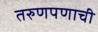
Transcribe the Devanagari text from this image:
तरुणपणाची